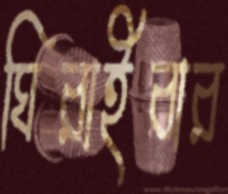
ঘিরাইবার